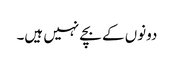
دونوں کے بچے نہیں ہیں۔